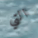
التي